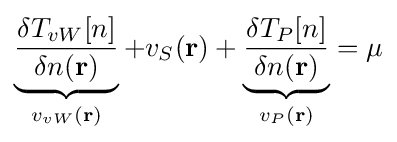
\underbrace {\frac {\delta T_{vW}[n]}{\delta n(\mathbf {r} )}} _{v_{vW}(\mathbf {r} )}+v_{S}(\mathbf {r} )+\underbrace {\frac {\delta T_{P}[n]}{\delta n(\mathbf {r} )}} _{v_{P}(\mathbf {r} )}=\mu